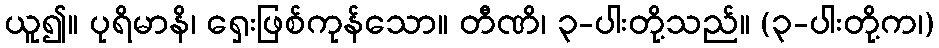
ယူ၍။ ပုရိမာနိ၊ ရှေးဖြစ်ကုန်သော။ တီဏိ၊ ၃-ပါးတို့သည်။ (၃-ပါးတို့က၊)